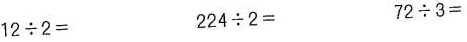
$$12\div2＝$$ $$224\div2＝$$ $$72\div3＝$$